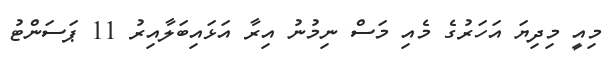
މިއީ މިދިޔަ އަހަރުގެ މެއި މަސް ނިމުނު އިރާ އަޅައިބަލާއިރު 11 ޕަސަންޓު